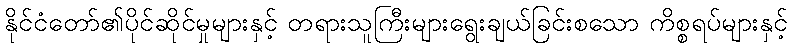
နိုင်ငံတော်၏ပိုင်ဆိုင်မှုများနှင့် တရားသူကြီးများရွေးချယ်ခြင်းစသော ကိစ္စရပ်များနှင့်